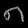
Digit: ၈